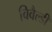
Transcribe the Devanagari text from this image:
विवैल्डी